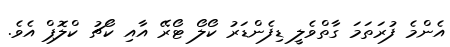
އެންމެ ފުރަތަމަ ގާތްވެލީ ޑިފެންޑަރު ކޯލޯ ޓޯރޭ އާއި ކޯޗު ކްލޮޕް އެވެ.